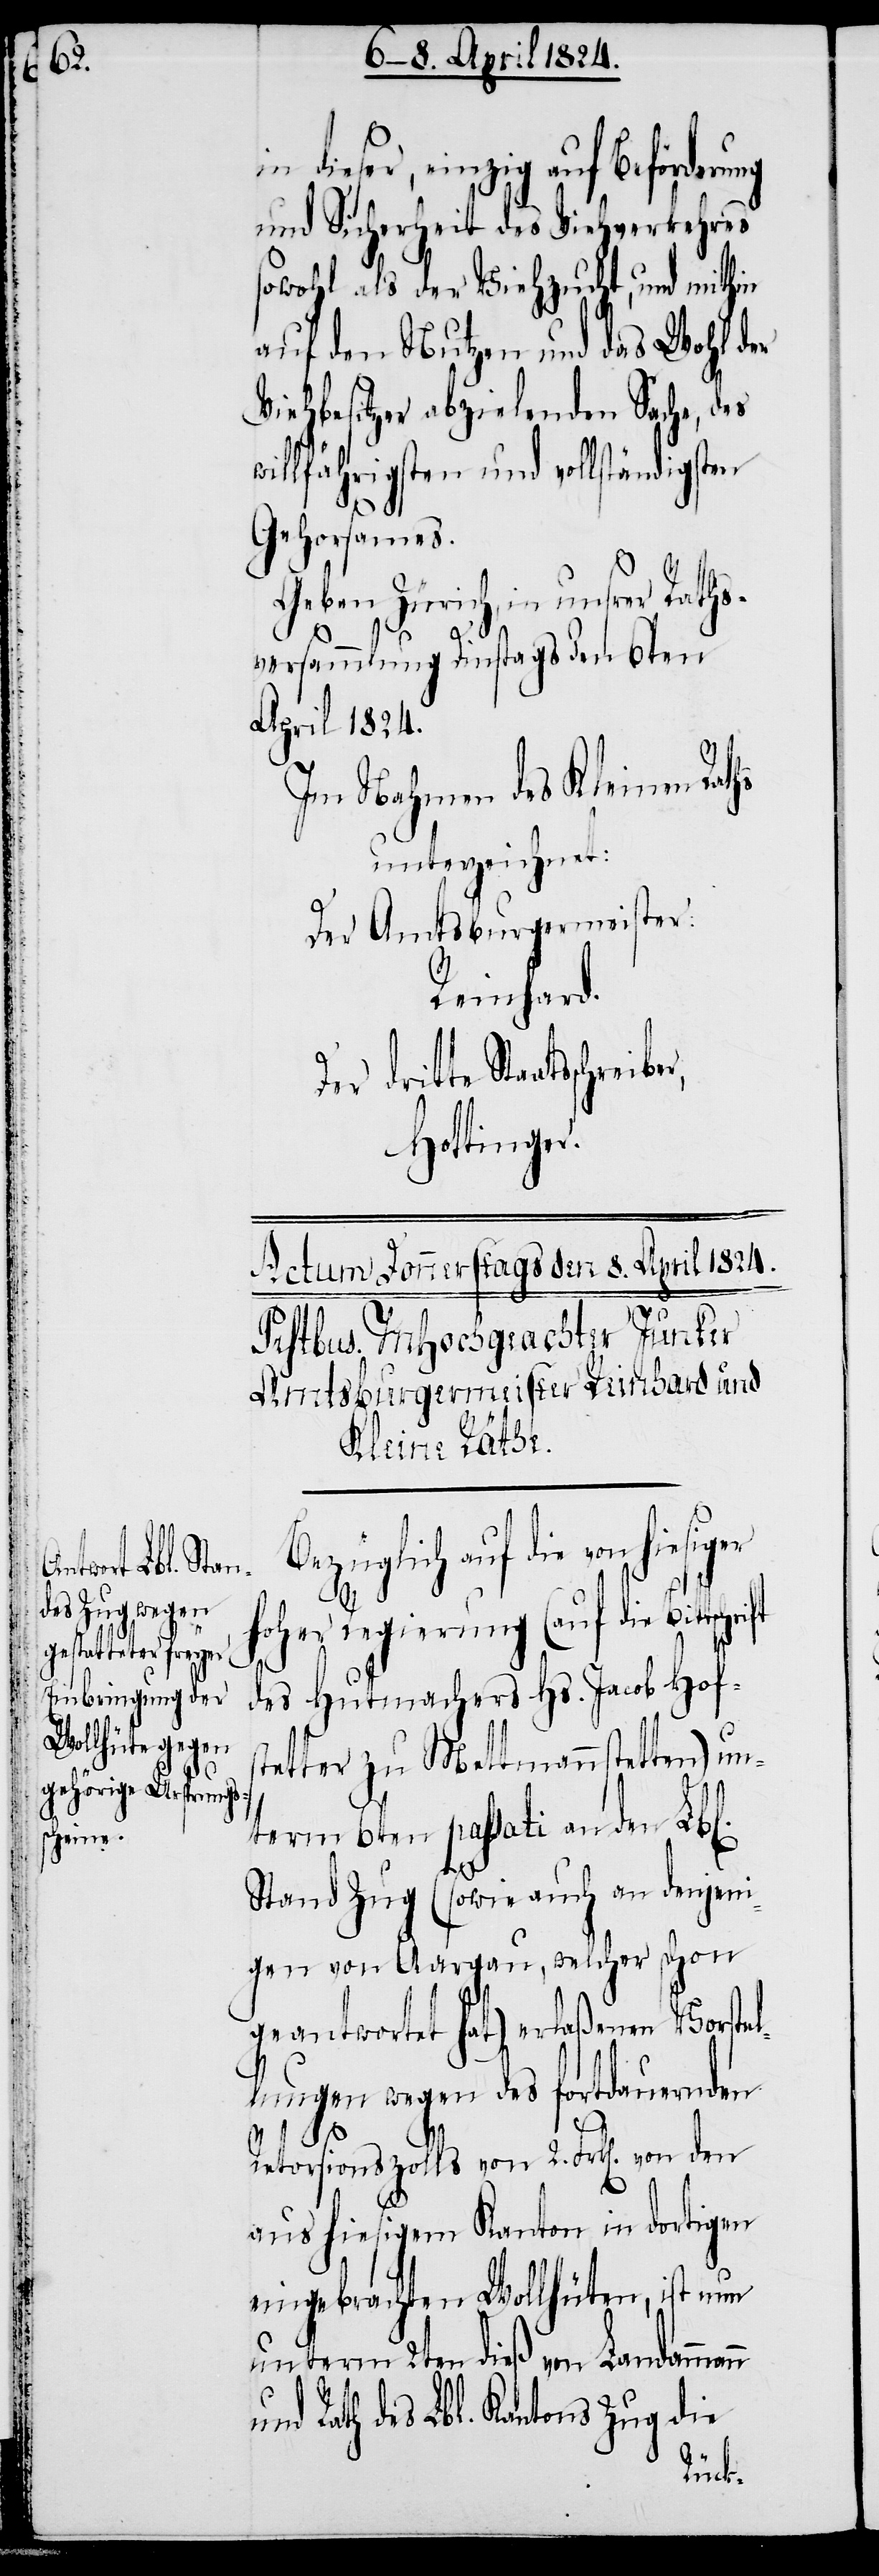
Be¬

n

n dieser, einzig auf Beförderu¬
und Sicherheit des Viehverkehres
sowohl als der Viehzucht, und mithin
auf den Nutzen und das Wohl der
Viehbesitzer abzielenden Sache, des
willfährigsten und vollständigsten
Gehorsames.
Geben Zürich, in unsrer Raths¬
versammlung Dinstags den 6ten
April 1824.
Im Nahmen des Kleinen Raths
unterzeichnet:
Der Amtsburgermeister:
Reinhard.
dritte Staatsschreibe¬
Hottinger.
züglich auf die von
hoher Regierung (auf Bittschrift
des Hutmachers Hs. Jacob Hofs¬
tetter zu Mettmannstetten) un¬
term 6ten passati an den Lbl.
Stand Zug (sowie auch an denjen¬
igen von Aargau, welcher schon
geantwortet hat) erlaßenen Vorste¬
llungen wegen des fortdauernden
Retorsionszolls von 2. Frk[en]. von den
aus hiesigem Kanton in dortigen
eingebrachten Wollhüten, ist nun
unterm 2ten dieß von Landamman¬
und Rath des Lbl. Kantons Zug die